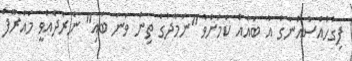
ފިގުހުއްސުއްނާގެ އާ ބައެއް ކަމަށްވާ "ނަމާދުގެ ތިން ވަނަ ބައި" ނެރެދެއްވީ މައުރޫފް